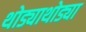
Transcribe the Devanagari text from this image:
थोड्याथोड्या